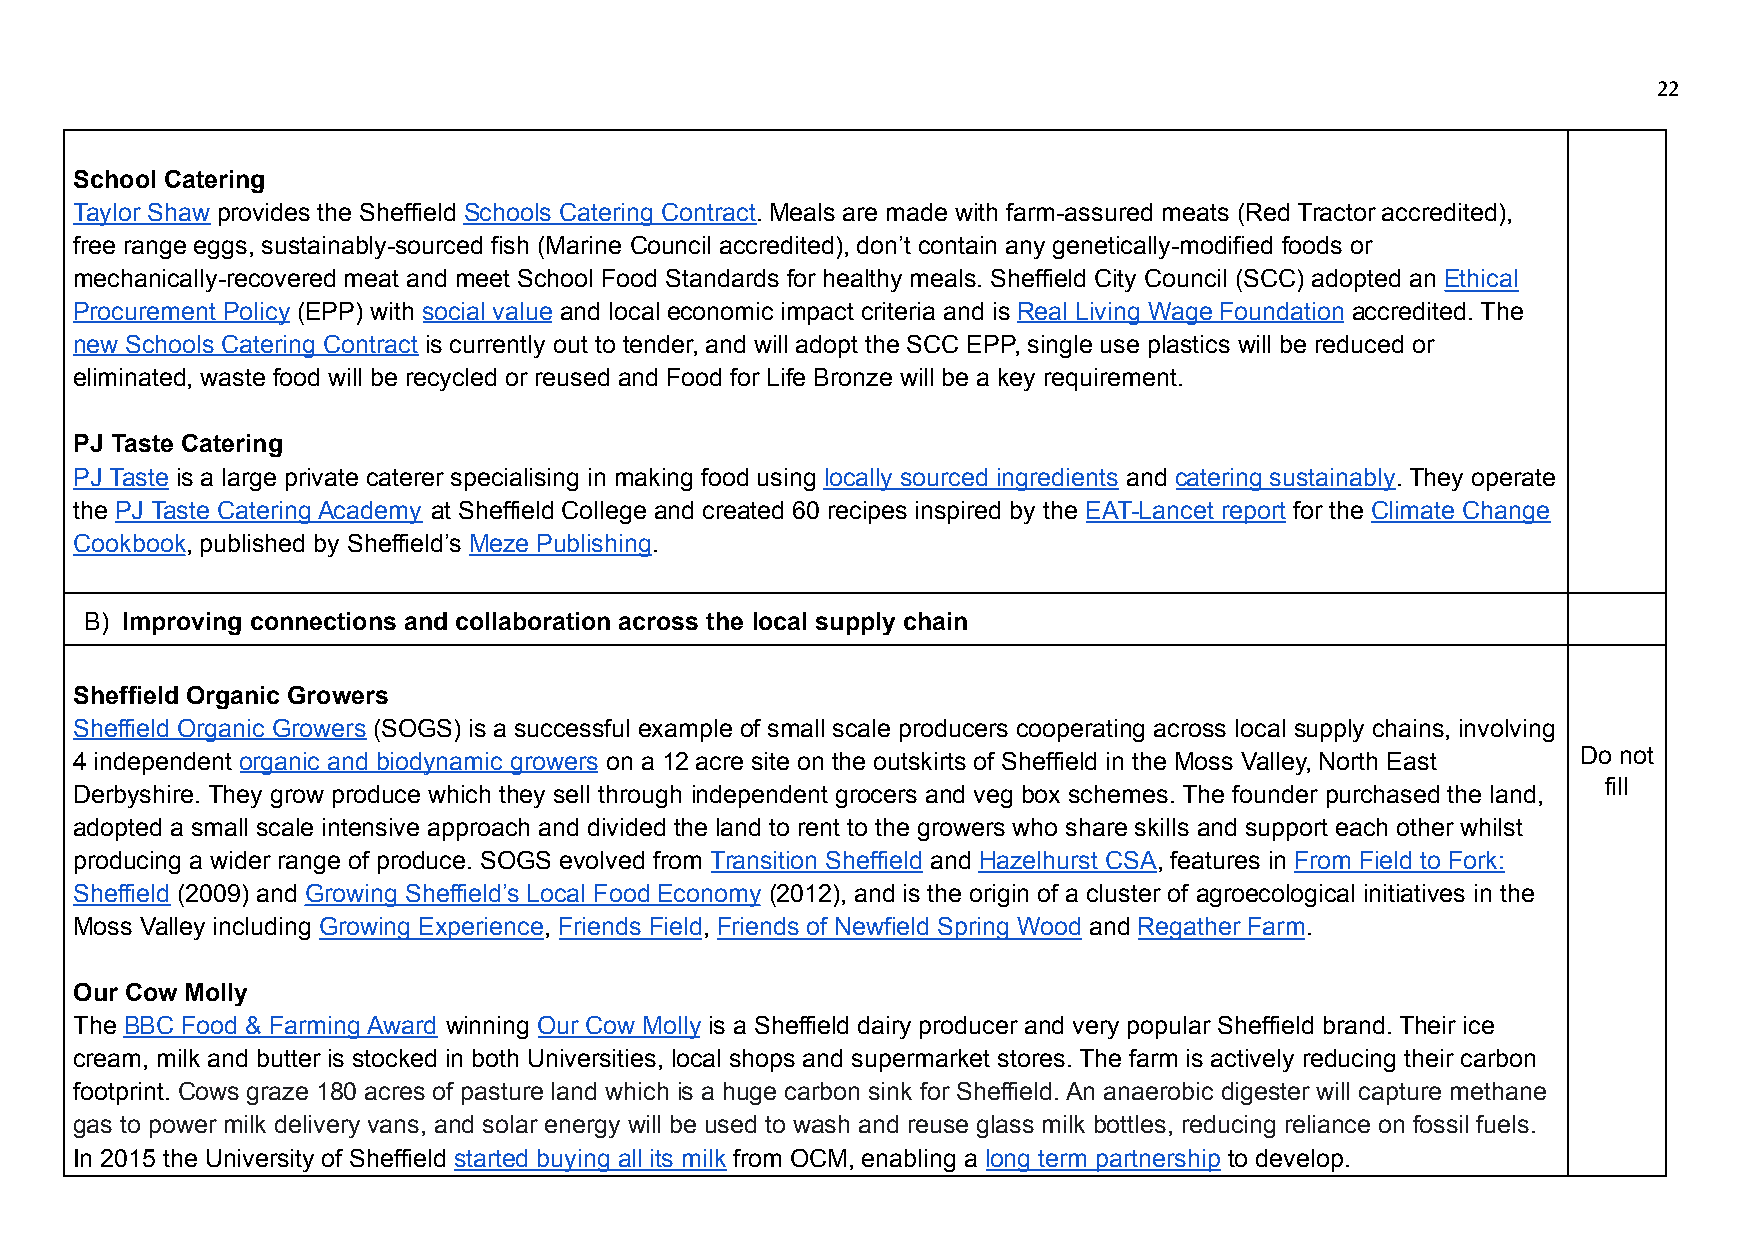
22
 School Catering
 Taylor Shaw provides the Sheffield Schools Catering Contract. Meals are made with farm-assured meats (Red Tractor accredited),
 free range eggs, sustainably-sourced fish (Marine Council accredited), don’t contain any genetically-modified foods or
 mechanically-recovered meat and meet School Food Standards for healthy meals. Sheffield City Council (SCC) adopted an Ethical
 Procurement Policy (EPP) with social value and local economic impact criteria and is Real Living Wage Foundation accredited. The
 new Schools Catering Contract is currently out to tender, and will adopt the SCC EPP, single use plastics will be reduced or
 eliminated, waste food will be recycled or reused and Food for Life Bronze will be a key requirement.
 PJ Taste Catering
 PJ Taste is a large private caterer specialising in making food using locally sourced ingredients and catering sustainably. They operate
 the PJ Taste Catering Academy at Sheffield College and created 60 recipes inspired by the EAT-Lancet report for the Climate Change
 Cookbook, published by Sheffield’s Meze Publishing.
 B) Improving connections and collaboration across the local supply chain
 Sheffield Organic Growers
 Sheffield Organic Growers (SOGS) is a successful example of small scale producers cooperating across local supply chains, involving
 4 independent organic and biodynamic growers on a 12 acre site on the outskirts of Sheffield in the Moss Valley, North East Do not
 fill
 Derbyshire. They grow produce which they sell through independent grocers and veg box schemes. The founder purchased the land,
 adopted a small scale intensive approach and divided the land to rent to the growers who share skills and support each other whilst
 producing a wider range of produce. SOGS evolved from Transition Sheffield and Hazelhurst CSA, features in From Field to Fork:
 Sheffield (2009) and Growing Sheffield’s Local Food Economy (2012), and is the origin of a cluster of agroecological initiatives in the
 Moss Valley including Growing Experience, Friends Field, Friends of Newfield Spring Wood and Regather Farm.
 Our Cow Molly
 The BBC Food & Farming Award winning Our Cow Molly is a Sheffield dairy producer and very popular Sheffield brand. Their ice
 cream, milk and butter is stocked in both Universities, local shops and supermarket stores. The farm is actively reducing their carbon
 footprint. Cows graze 180 acres of pasture land which is a huge carbon sink for Sheffield. An anaerobic digester will capture methane
 gas to power milk delivery vans, and solar energy will be used to wash and reuse glass milk bottles, reducing reliance on fossil fuels.
 In 2015 the University of Sheffield started buying all its milk from OCM, enabling a long term partnership to develop.